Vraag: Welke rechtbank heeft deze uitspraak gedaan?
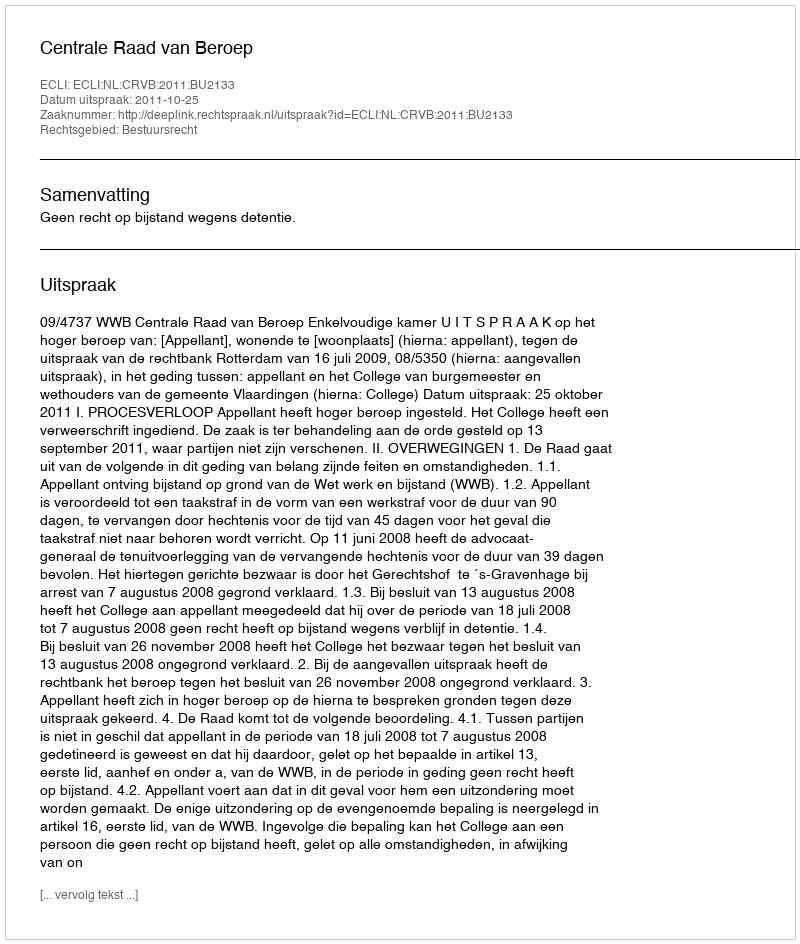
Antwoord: Centrale Raad van Beroep